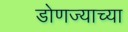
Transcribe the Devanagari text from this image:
डोणज्याच्या